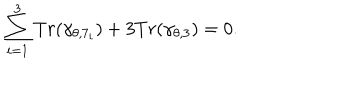
\sum _ { i = 1 } ^ { 3 } T r ( \gamma _ { \theta , 7 _ { i } } ) + 3 T r ( \gamma _ { \theta , 3 } ) = 0 .